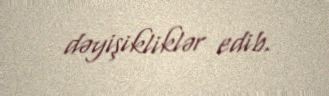
dəyişikliklər edib.